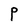
Character: P